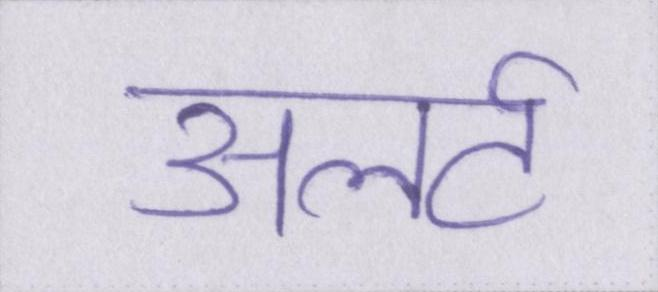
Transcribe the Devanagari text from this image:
अलर्ट